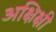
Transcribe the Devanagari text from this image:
अक्षिक्षी